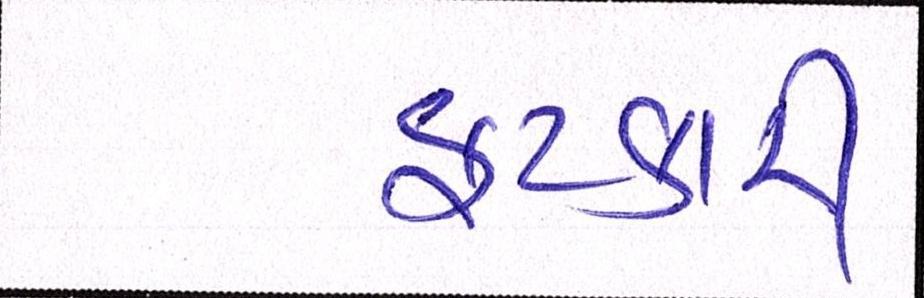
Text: ફટકારી